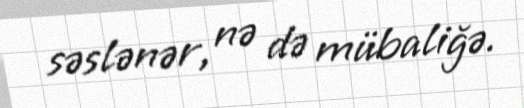
səslənər, nə də mübaliğə.